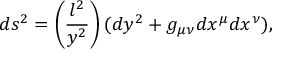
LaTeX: d s ^ { 2 } = \left( \frac { l ^ { 2 } } { y ^ { 2 } } \right) ( d y ^ { 2 } + g _ { \mu \nu } d x ^ { \mu } d x ^ { \nu } ) ,